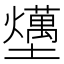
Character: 𡓧